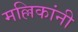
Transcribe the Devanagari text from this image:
मल्लिकांनी